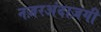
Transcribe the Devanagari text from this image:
नज़रअंदाज़गी